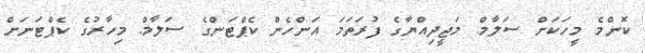
ކޮންމެ މީހަކަށް ސަލާމް. މަޖީދިއްޔާގެ ފުރަތަމަ އަންހެން ކެޕްޓަންގެ ސަލާމް. މިހާރުގެ ކެޕްޓަނަށް